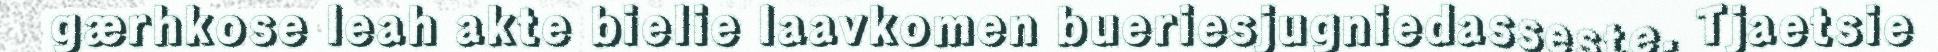
gærhkose leah akte bielie laavkomen bueriesjugniedasseste. Tjaetsie